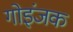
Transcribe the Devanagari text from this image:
गोइंजक